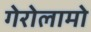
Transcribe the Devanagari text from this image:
गेरोलामो